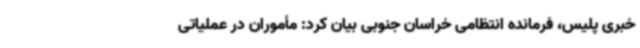
خبری پلیس، فرمانده انتظامی خراسان جنوبی بیان کرد: مأموران در عملیاتی